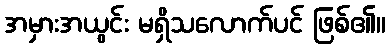
အမှားအယွင်း မရှိသလောက်ပင် ဖြစ်၏။